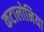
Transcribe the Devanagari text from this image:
कटालोनिया